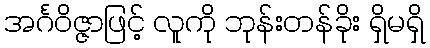
အင်္ဂဝိဇ္ဇာဖြင့် လူကို ဘုန်းတန်ခိုး ရှိမရှိ